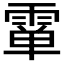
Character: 𱁞